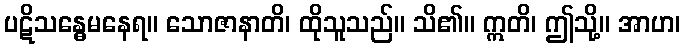
ပဋိသန္ဓေမနေရ။ သောဇာနာတိ၊ ထိုသူသည်။ သိ၏။ ဣတိ၊ ဤသို့။ အာဟ၊